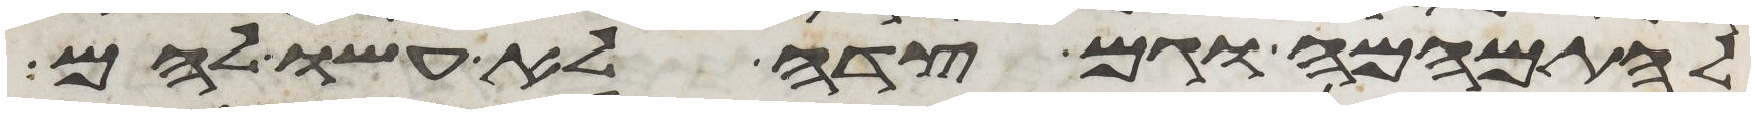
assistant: להתמהמה וגם צדה לא עשו להם